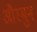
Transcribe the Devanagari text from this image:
औस्मुन